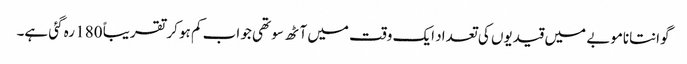
گوانتاناموبے میں قیدیوں کی تعداد ایک وقت میں آٹھ سو تھی جو اب کم ہو کر تقریباً 180 رہ گئی ہے۔